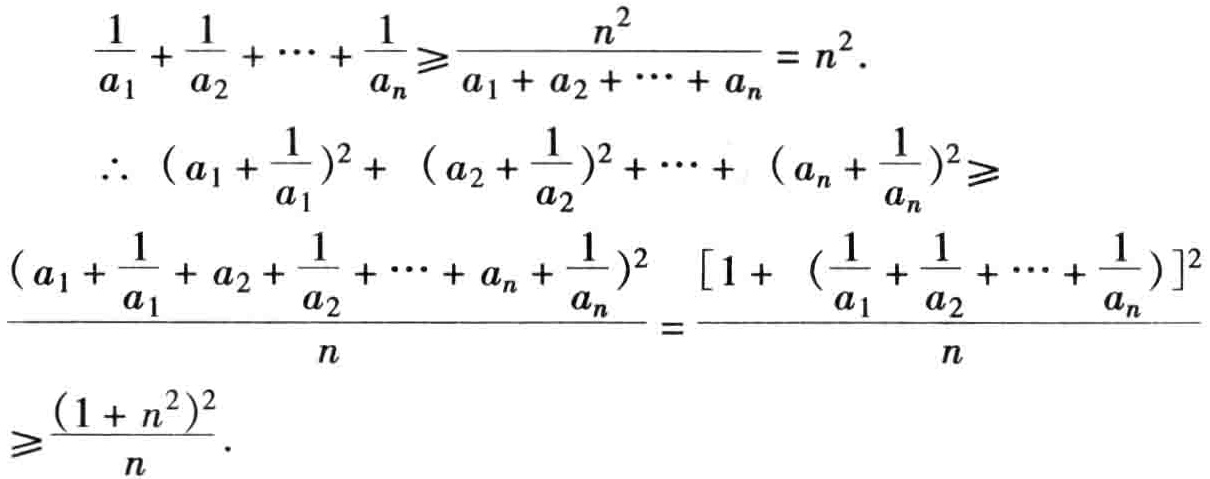
\[

\begin{align*}

\frac{1}{a_{1}}+\frac{1}{a_{2}}+\cdots+\frac{1}{a_{n}}&\geqslant\frac{n^{2}}{a_{1}+a_{2}+\cdots+a_{n}} = n^{2}.\\

\therefore\ (a_{1}+\frac{1}{a_{1}})^{2}+(a_{2}+\frac{1}{a_{2}})^{2}+\cdots+(a_{n}+\frac{1}{a_{n}})^{2}&\geqslant\\

\frac{(a_{1}+\frac{1}{a_{1}}+a_{2}+\frac{1}{a_{2}}+\cdots+a_{n}+\frac{1}{a_{n}})^{2}}{n}&=\frac{[1 + (\frac{1}{a_{1}}+\frac{1}{a_{2}}+\cdots+\frac{1}{a_{n}})]^{2}}{n}\\

&\geqslant\frac{(1 + n^{2})^{2}}{n}.

\end{align*}

\]